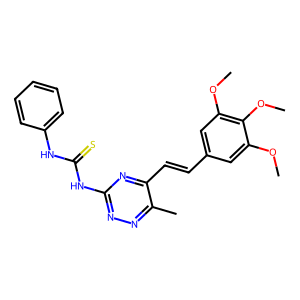
SMILES: COc1cc(C=Cc2nc(NC(=S)Nc3ccccc3)nnc2C)cc(OC)c1OC
Inhibits HIV replication: No